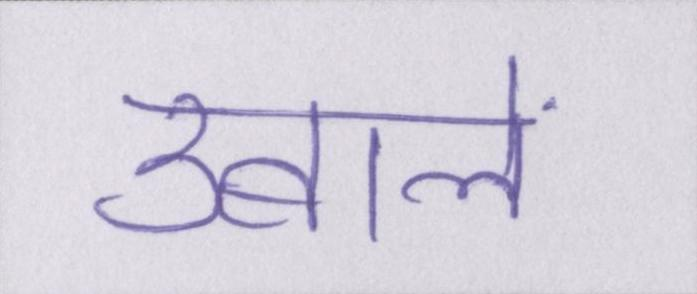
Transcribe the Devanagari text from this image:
उबालें